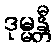
ဒုမ္မန္တီ